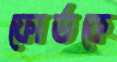
ফোর্ডকে